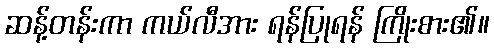
ဆန့်တန်းကာ ကယ်လီအား ရန်ပြုရန် ကြိုးစား၏။